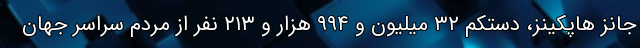
جانز هاپکینز، دستکم ۳۲ میلیون و ۹۹۴ هزار و ۲۱۳ نفر از مردم سراسر جهان